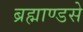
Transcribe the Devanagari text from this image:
ब्रह्माण्डसे